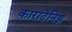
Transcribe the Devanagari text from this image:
कारादेनिझ